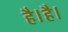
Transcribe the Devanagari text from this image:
है।है।